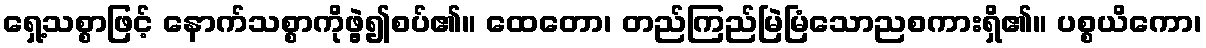
ရှေ့သစ္စာဖြင့် နောက်သစ္စာကိုဖွဲ့၍စပ်၏။ ထေတော၊ တည်ကြည်မြဲမြံသောညစကားရှိ၏။ ပစ္စယိကော၊